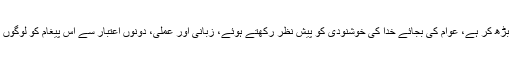
علماء کا کردار سب سے زیادہ بڑھ کر ہے، عوام کی بجائے خدا کی خوشنودی کو پیش نظر رکھتے ہوئے، زبانی اور عملی، دونوں اعتبار سے اس پیغام کو لوگوں تک پہنچانے کی کوشش کریں۔